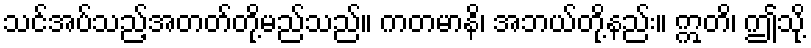
သင်အပ်သည့်အတတ်တို့မည်သည်။ ကတမာနိ၊ အဘယ်တို့နည်း။ ဣတိ၊ ဤသို့